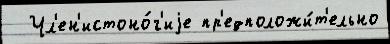
  Чл'ен'истоно́г'иjе пр'едположи́т'ельно